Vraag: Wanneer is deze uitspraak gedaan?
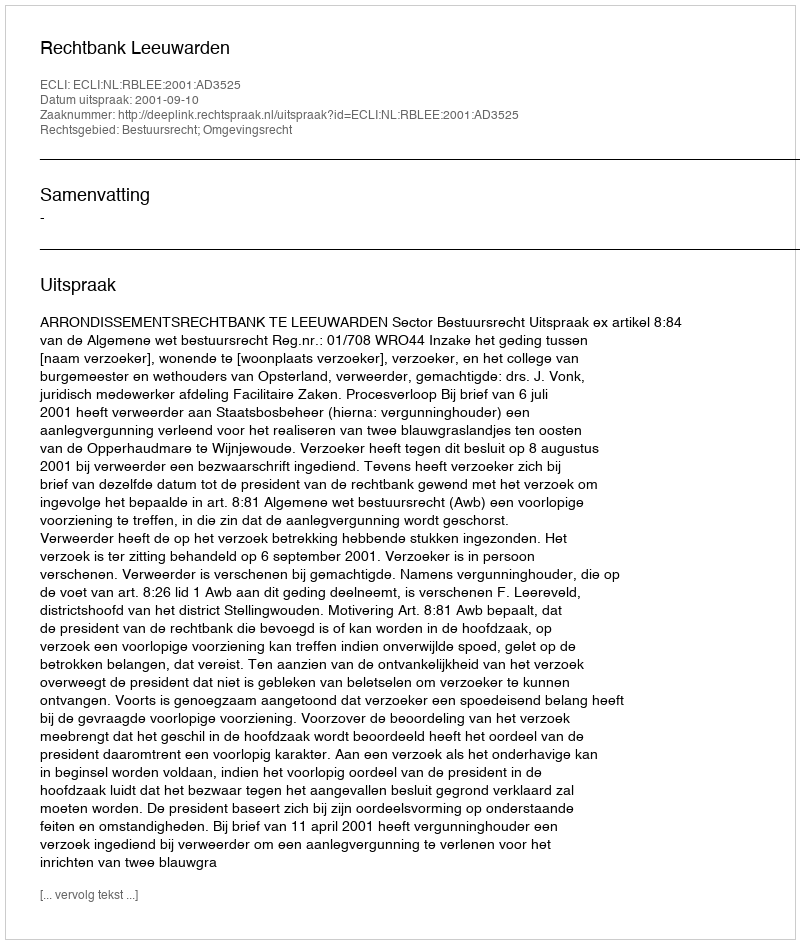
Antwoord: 2001-09-10